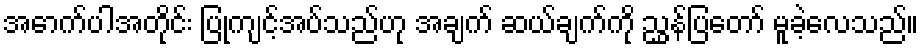
အောက်ပါအတိုင်း ပြုကျင့်အပ်သည်ဟု အချက် ဆယ်ချက်ကို ညွှန်ပြတော် မူခဲ့လေသည်။